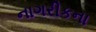
નાગરીકના